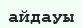
айдауы